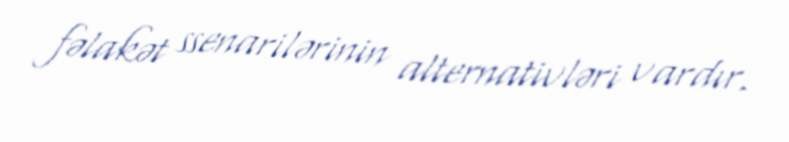
fəlakət ssenarilərinin alternativləri vardır.